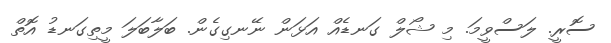
ސޮރީ. ލަސްވީމަ. މި ޝޯލް ގަނޑެއް އަޅަން ނޭނގިގެން. ބަލާބަލަ މީތިގަނޑު އޮތް